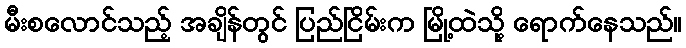
မီးစလောင်သည့် အချိန်တွင် ပြည်ငြိမ်းက မြို့ထဲသို့ ရောက်နေသည်။